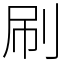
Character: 刷